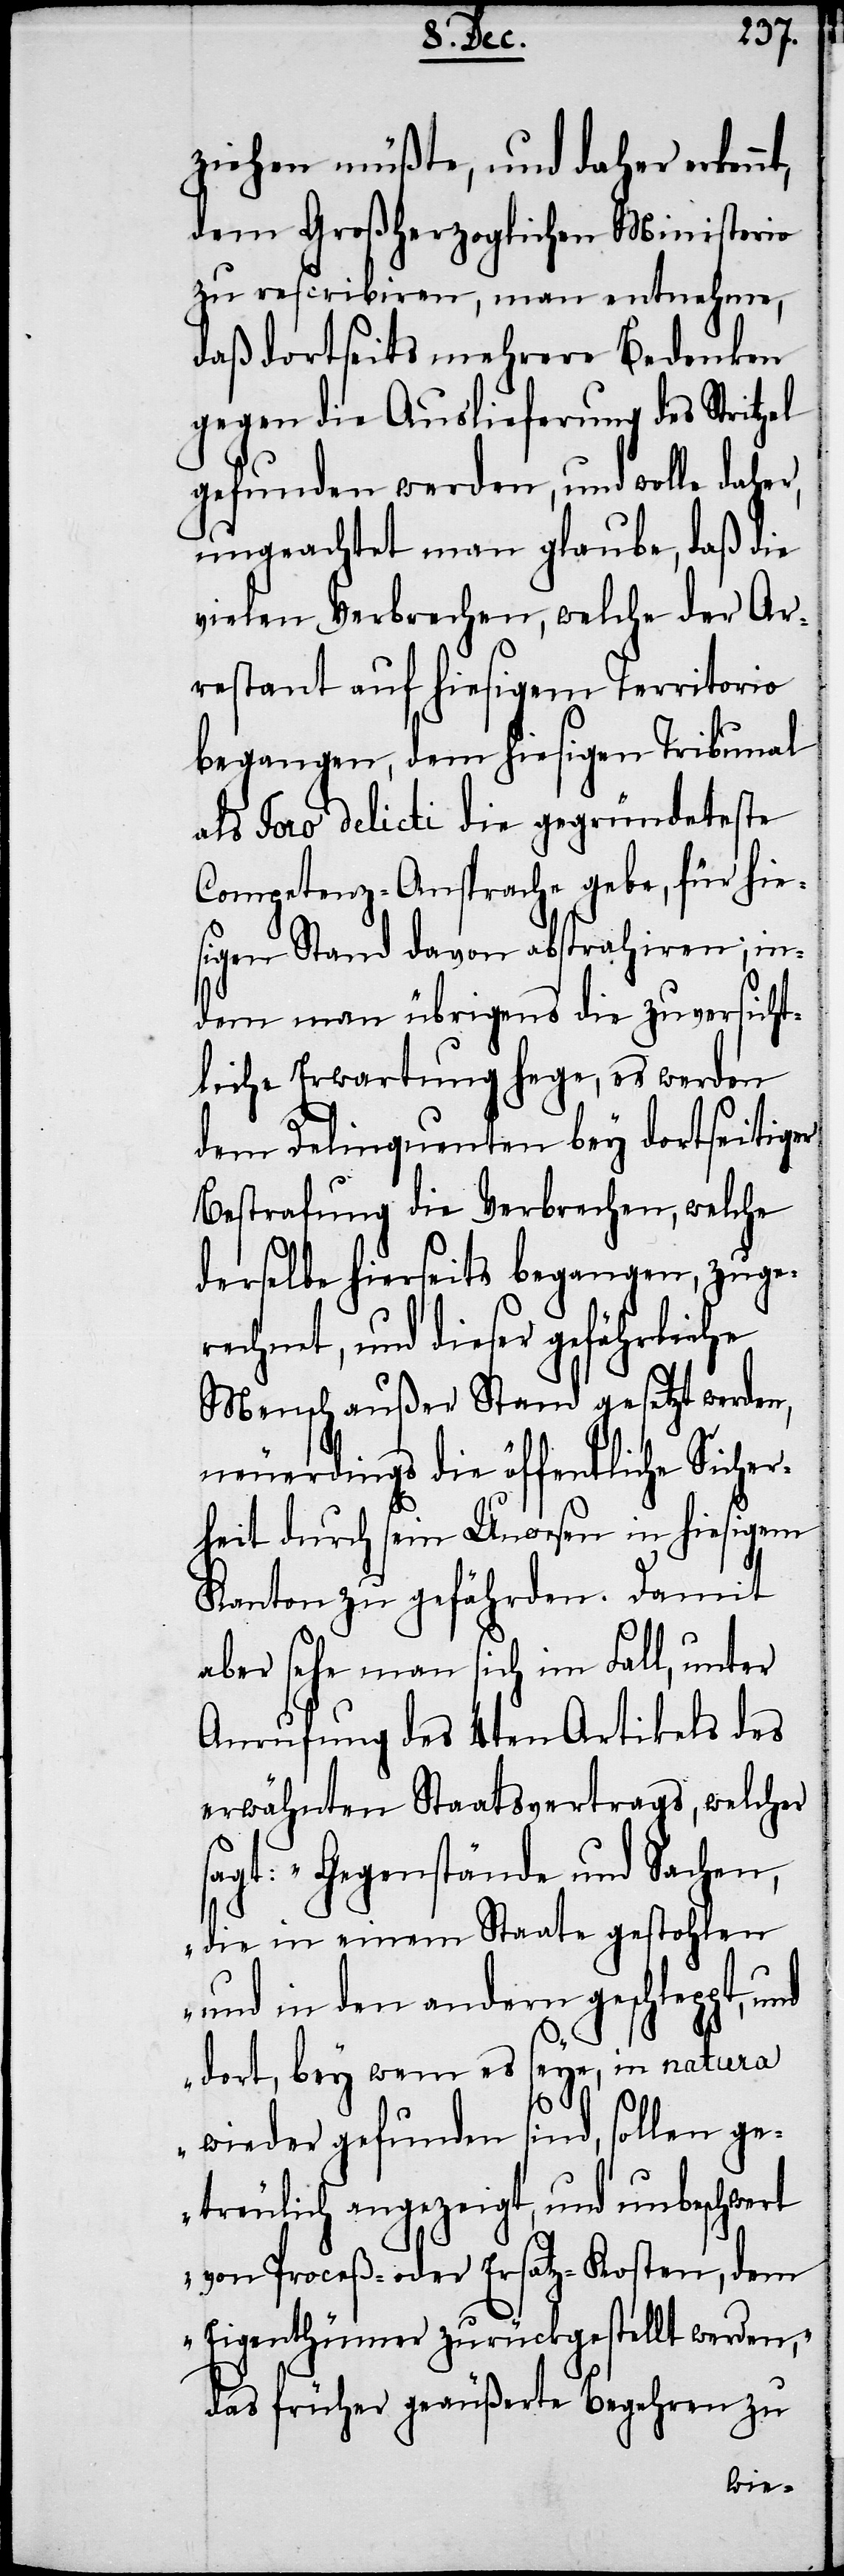
ziehen müßte, und daher erkennt,
dem Großherzoglichen Ministerio
zu rescribiren, man entnehme,
daß dortseits mehrere Bedenken
gegen die Auslieferung des Stritzel
gefunden werden, und wolle daher,
ungeachtet man glaube, daß die
vielen Verbrechen, welche der Ar¬
restant auf hiesigem Territorio
begangen, dem hiesigen Tribunal
als Foro delicti die gegründeteste
Competenz-Ansprache gebe, für hie¬
sigen Stand davon abstrahiren; in¬
dem man übrigens die zuversicht¬
liche Erwartung hege, es werden
dem Delinquenten bey dortseitiger
Bestrafung die Verbrechen, welche
derselbe hierseits begangen, zuger¬
echnet, und dieser gefährliche
Mensch außer Stand gesetzt werden,
neuerdings die öffentliche Sicher¬
heit durch sein Unwesen in hiesigem
Kanton zu gefährden. Damit
s¬
aber sehe man sich im Fall, unter
Anrufung des 4ten Artikels des
erwähnten Staatsvertrags, welcher
sagt: „Gegenstände und Sachen,
die in einem Staate gestohlen
und in den andern geschleppt,
in natura
dort, bey wem es seye,
ollen ge¬
wieder gefunden sind,
treulich angezeigt, und unbeschwert
von Proceß- oder Ersatz-Kosten, dem
Eigenthümer zurückgestellt werden,“
das früher geäußerte Begehren zu